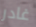
غادر